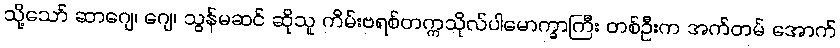
သို့သော် ဆာဂျေ၊ ဂျေ၊ သွန်မဆင် ဆိုသူ ကိမ်းဗရစ်တက္ကသိုလ်ပါမောက္ခာကြီး တစ်ဦးက အက်တမ် အောက်